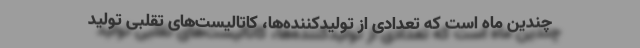
چندین ماه است که تعدادی از تولید‌کننده‌ها، کاتالیست‌های تقلبی تولید